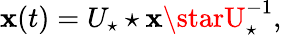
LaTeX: \mathbf{x}(t)=U_{\star}\star\mathbf{x}\starU_{\star}^{-1},